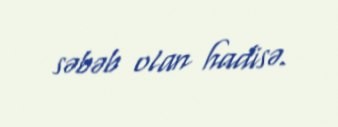
səbəb olan hadisə.